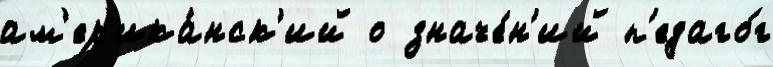
ам'ер'ика́нск'ий о значе́н'ий п'едаго́г